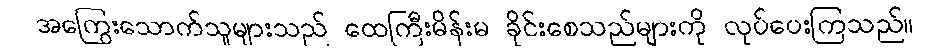
အကြွေးသောက်သူများသည် ထေကြီးမိန်းမ ခိုင်းစေသည်များကို လုပ်ပေးကြသည်။